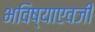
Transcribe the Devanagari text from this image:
भविष्याएवजी